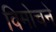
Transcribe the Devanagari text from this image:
विमोचने